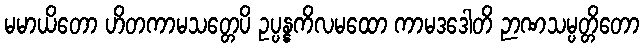
မမာယိတော ဟိတကာမသတ္တေပိ ဥပ္ပန္နကိလမထော ကာမဒဒေါတိ ဉာဏသမ္ပတ္တိတော